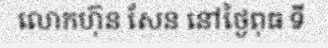
លោកហ៊ុន សែន នៅថ្ងៃពុធ ទី